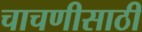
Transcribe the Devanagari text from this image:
चाचणीसाठी